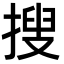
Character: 搜